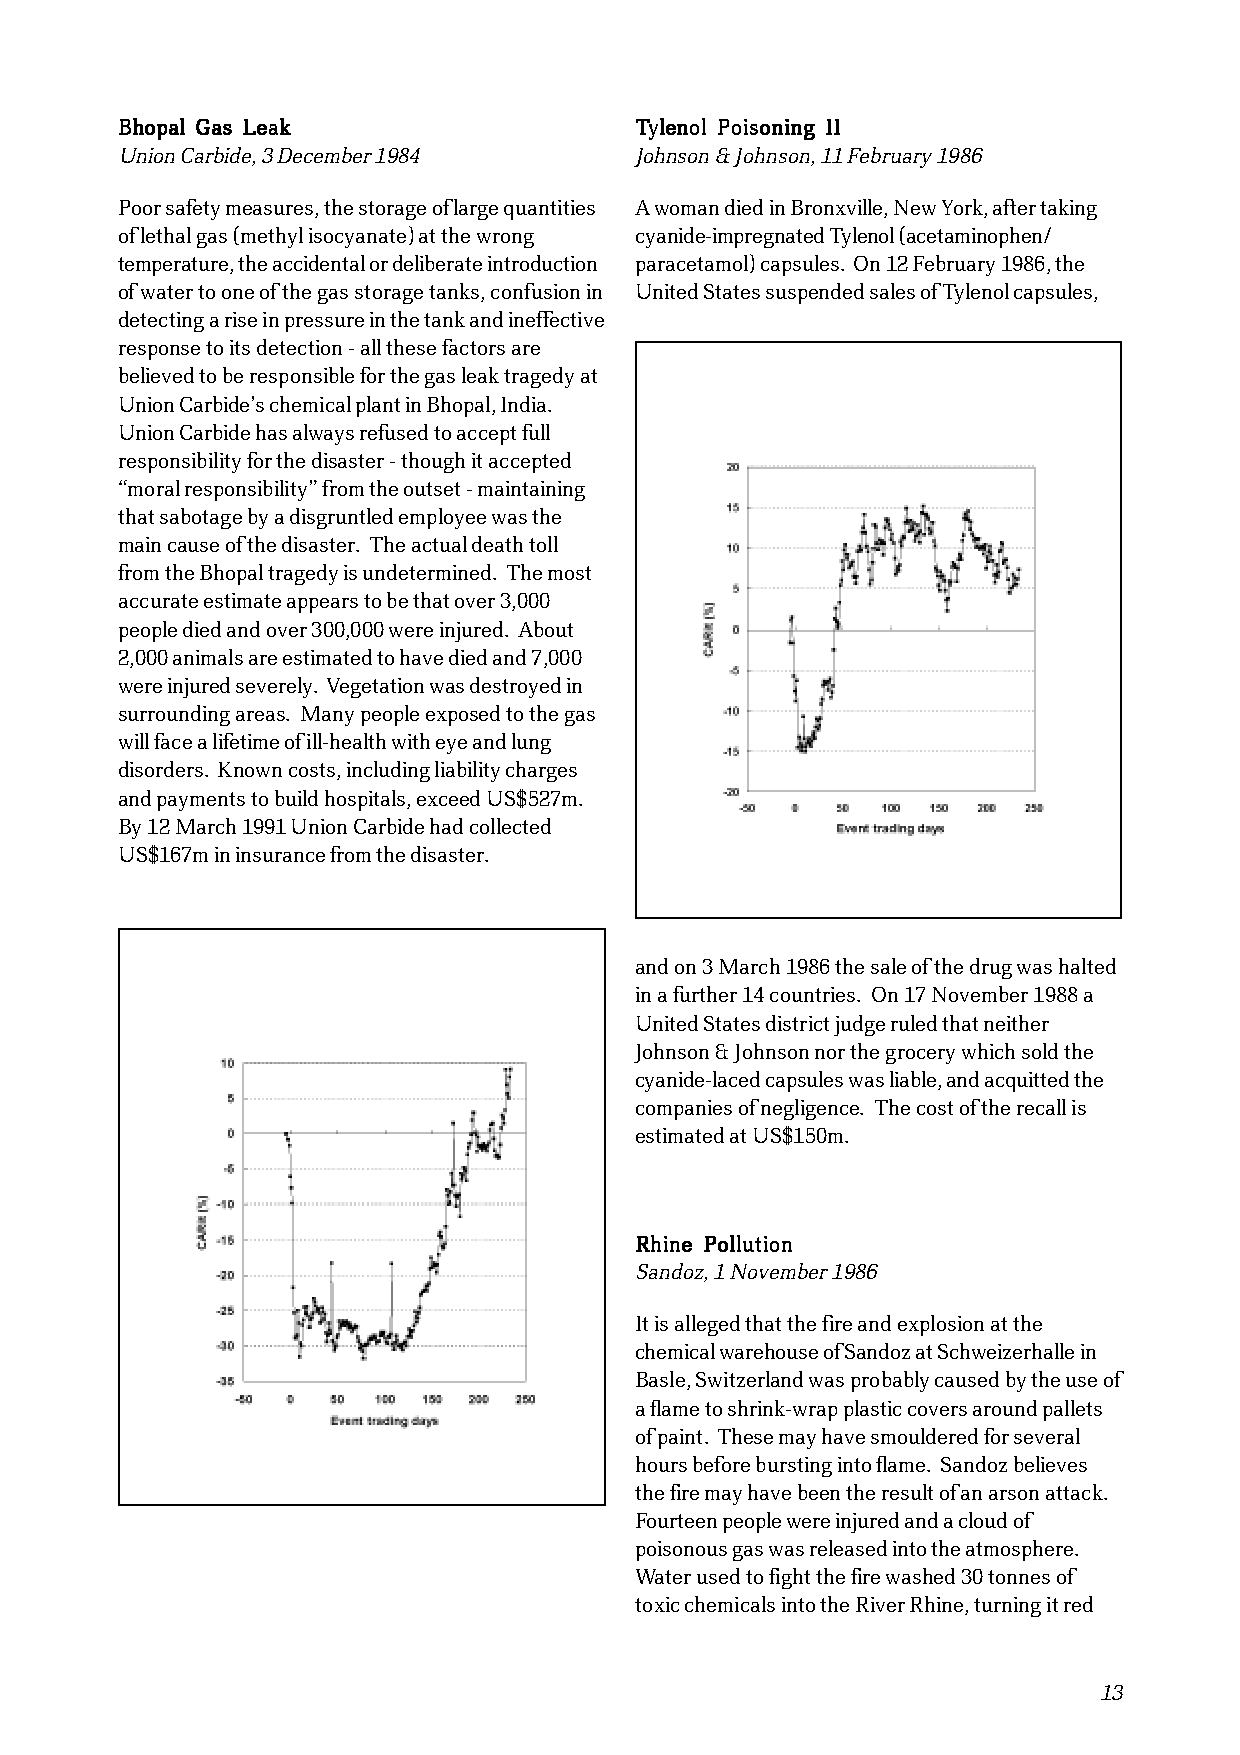
BBBBBhhhhhooooopppppaaaaalllll GGGGGaaaaasssss LLLLLeeeeeaaaaakkkkk TTTTTyyyyyllllleeeeennnnnooooolllll PPPPPoooooiiiiisssssooooonnnnniiiiinnnnnggggg IIIIIIIIII
 Union Carbide, 3 December 1984    Johnson & Johnson, 11 February 1986
 Poor safety measures, the storage of large quantities A woman died in Bronxville, New York, after taking
 of lethal gas (methyl isocyanate) at the wrong cyanide-impregnated Tylenol (acetaminophen/
 temperature, the accidental or deliberate introduction paracetamol) capsules. On 12 February 1986, the
 of water to one of the gas storage tanks, confusion in United States suspended sales of Tylenol capsules,
 detecting a rise in pressure in the tank and ineffective
 response to its detection - all these factors are
 believed to be responsible for the gas leak tragedy at
 Union Carbide’s chemical plant in Bhopal, India.
 Union Carbide has always refused to accept full
 responsibility for the disaster - though it accepted
 “moral responsibility” from the outset - maintaining
 that sabotage by a disgruntled employee was the
 main cause of the disaster. The actual death toll
 from the Bhopal tragedy is undetermined. The most
 accurate estimate appears to be that over 3,000
 people died and over 300,000 were injured. About
 2,000 animals are estimated to have died and 7,000
 were injured severely. Vegetation was destroyed in
 surrounding areas. Many people exposed to the gas
 will face a lifetime of ill-health with eye and lung
 disorders. Known costs, including liability charges
 and payments to build hospitals, exceed US$527m.
 By 12 March 1991 Union Carbide had collected
 US$167m in insurance from the disaster.
 and on 3 March 1986 the sale of the drug was halted
 in a further 14 countries. On 17 November 1988 a
 United States district judge ruled that neither
 Johnson & Johnson nor the grocery which sold the
 cyanide-laced capsules was liable, and acquitted the
 companies of negligence. The cost of the recall is
 estimated at US$150m.
 RRRRRhhhhhiiiiinnnnneeeee PPPPPooooolllllllllluuuuutttttiiiiiooooonnnnn
 Sandoz, 1 November 1986
 It is alleged that the fire and explosion at the
 chemical warehouse of Sandoz at Schweizerhalle in
 Basle, Switzerland was probably caused by the use of
 a flame to shrink-wrap plastic covers around pallets
 of paint. These may have smouldered for several
 hours before bursting into flame. Sandoz believes
 the fire may have been the result of an arson attack.
 Fourteen people were injured and a cloud of
 poisonous gas was released into the atmosphere.
 Water used to fight the fire washed 30 tonnes of
 toxic chemicals into the River Rhine, turning it red
 13